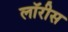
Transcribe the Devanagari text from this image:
लॉरीस